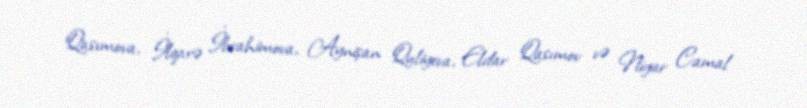
Qasımova, İlqarə İbrahimova, Aynişan Quliyeva, Eldar Qasımov və Nigar Camal